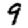
Digit: 9